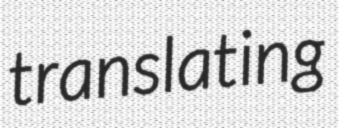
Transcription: translating